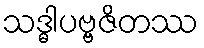
သဒ္ဓါပဗ္ဗဇိတဿ